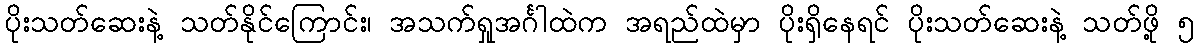
ပိုးသတ်ဆေးနဲ့ သတ်နိုင်ကြောင်း၊ အသက်ရှုအင်္ဂါထဲက အရည်ထဲမှာ ပိုးရှိနေရင် ပိုးသတ်ဆေးနဲ့ သတ်ဖို့ ၅